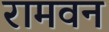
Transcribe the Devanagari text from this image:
रामवन